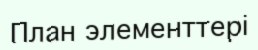
План элементтері